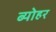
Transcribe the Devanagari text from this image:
ब्योहर